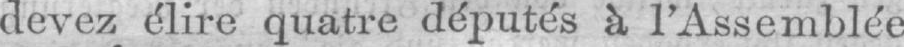
devez élire quatre députés a l’Assemblée